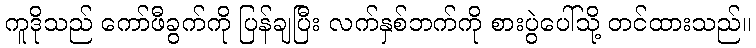
ကူဒိုသည် ကော်ဖီခွက်ကို ပြန်ချပြီး လက်နှစ်ဘက်ကို စားပွဲပေါ်သို့ တင်ထားသည်။